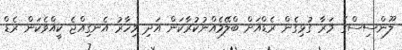
ލޫންސިސްގެ މަރާ ގުޅިގެން ރެޑްއަށް ބްލޭމެއްނުކުރާކަން އަދި މިހާރު އެނގިއްޖެ ކީއްވެކަން ރެޑް